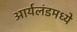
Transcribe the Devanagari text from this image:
आर्यलंडमध्ये